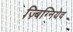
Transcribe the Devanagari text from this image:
ज़्बिग्नियेव